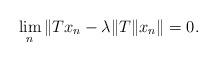
LaTeX: \begin{align*}\lim_{n} \| Tx_n - \lambda \| T\| x_n \| =0.\end{align*}